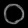
Digit: ၀